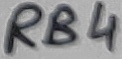
Text: RB4